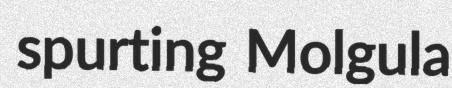
spurting Molgula